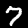
Digit: 7